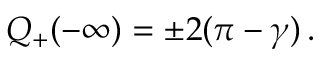
{ \cal Q } _ { + } ( - \infty ) = \pm 2 ( \pi - \gamma ) \, .